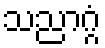
သညာဂ္ဂံ